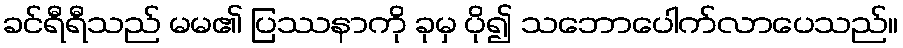
ခင်ရီရီသည် မမ၏ ပြဿနာကို ခုမှ ပို၍ သဘောပေါက်လာပေသည်။